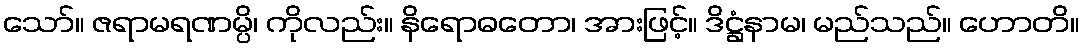
သော်။ ဇရာမရဏမ္ပိ၊ ကိုလည်း။ နိရောဓတော၊ အားဖြင့်။ ဒိဋ္ဌံနာမ၊ မည်သည်။ ဟောတိ။